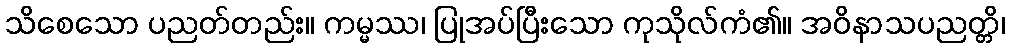
သိစေသော ပညတ်တည်း။ ကမ္မဿ၊ ပြုအပ်ပြီးသော ကုသိုလ်ကံ၏။ အဝိနာသပညတ္တိ၊